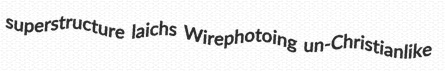
superstructure laichs Wirephotoing un-Christianlike